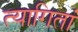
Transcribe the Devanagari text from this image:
त्यागितां